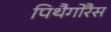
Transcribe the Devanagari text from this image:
पिथैगोरैस